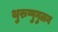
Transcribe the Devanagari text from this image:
थुरुप्पुगुलन